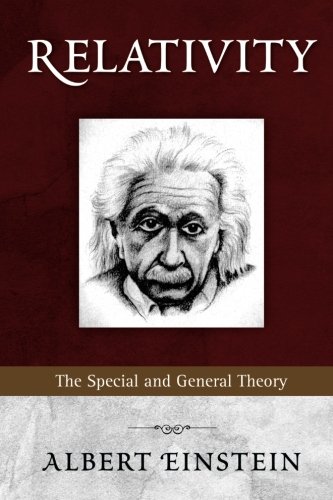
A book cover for Relativity: The Special and General Theory; Albert Einstein; Science & Math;